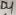
Text: D4